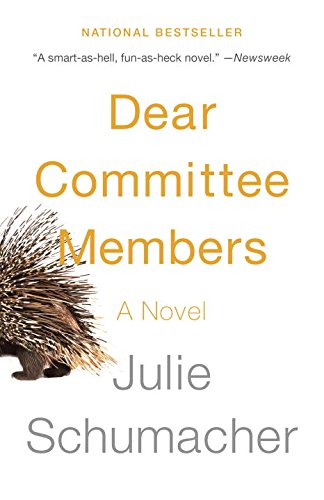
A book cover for Dear Committee Members; Julie Schumacher; Humor & Entertainment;